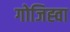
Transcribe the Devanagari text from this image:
गोजिह्वा